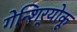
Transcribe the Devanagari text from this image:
गेन्शिर्‍योकू